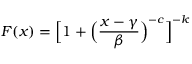
F ( x ) = { \Big [ } 1 + { \Big ( } { \frac { x - \gamma } { \beta } } { \Big ) } ^ { - c } { \Big ] } ^ { - k }